King Institute of Preventive Medicine Micro-Biological Section reports 1912-19
Year: 1912
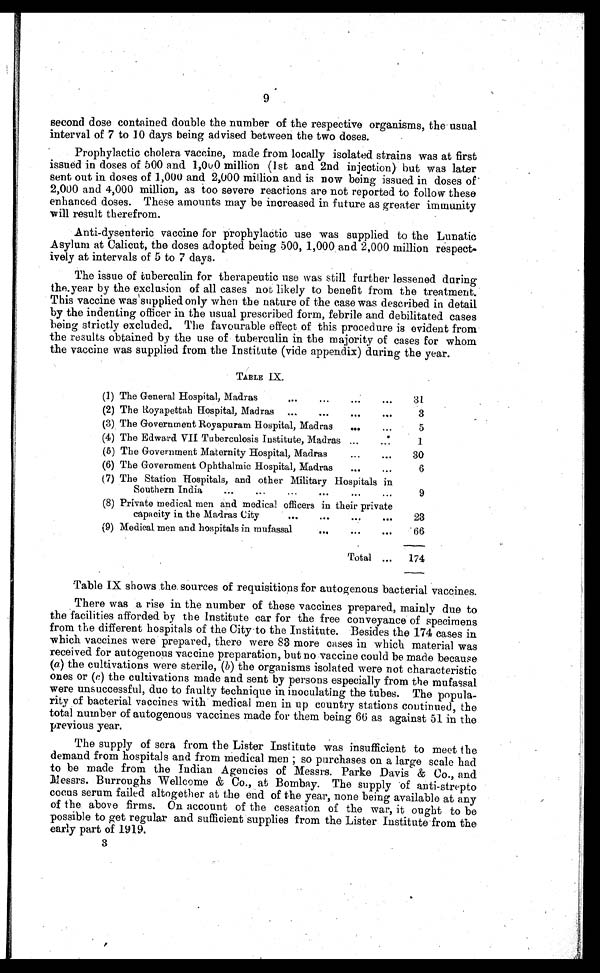
9
second dose contained double the number of the respective organisms, the usual
interval of 7 to 10 days being advised between the two doses.
Prophylactic cholera vaccine, made from locally isolated strains was at first
issued in doses of 500 and 1,000 million (1st and 2nd injection) but was later
sent out in doses of 1,000 and 2,000 million and is now being issued in doses of
2,000 and 4,000 million, as too severe reactions are not reported to follow these
enhanced doses. These amounts may be increased in future as greater immunity
will result therefrom.
Anti-dysenteric vaccine for prophylactic use was supplied to the Lunatic
Asylum at Calicut, the doses adopted being 500, 1,000 and 2,000 million respect
-
ively at intervals of 5 to 7 days.
The issue of tuberculin for therapeutic use was still further lessened during
the year by the exclusion of all cases not likely to benefit from the treatment.
This vaccine was supplied only when the nature of the case was described in detail
by the indenting officer in the usual prescribed form, febrile and debilitated cases
being strictly excluded. The favourable effect of this procedure is evident from
the results obtained by the use of tuberculin in the majority of cases for whom
the vaccine was supplied from the Institute (vide appendix) during the year.
TABLE IX.
(1) The General Hospital, Madras . . .
31
(2) The Royapettah Hospital, Madras . . .
3
(3) The Government Royapuram Hospital, Madras . . .
5
(4) The Edward VII Tuberculosis Institute, Madras . . .
1
(5) The Government Maternity Hospital, Madras . . .
30
(6) The Government Ophthalmic Hospital, Madras . . .
6
(7) The Station Hospitals, and other Military Hospitals in
Southern India . . .
9
(8) Private medical men and medical officers in their private
capacity in the Madras City . . .
23
(9) Medical men and hospitals in mufassal . . .
66
Total . . .
174
Table IX shows the sources of requisitions for autogenous bacterial vaccines.
There was a rise in the number of these vaccines prepared, mainly due to
the facilities afforded by the institute car for the free conveyance of specimens
from the different hospitals of the City to the Institute. Besides the 174 cases in
which vaccines were prepared, there were 83 more cases in which material was
received for autogenous vaccine preparation, but no vaccine could be made because
(a ) the cultivations were sterile, ( b) the organisms isolated were not characteristic
ones or (c ) the cultivations made and sent by persons especially from the mufassal
were unsuccessful, due to faulty technique in inoculating the tubes. The popula
-
rity of bacterial vaccines with medical men in up country stations continued, the
total number of autogenous vaccines made for them being 66 as against 51 in the
previous year.
The supply of sera from the Lister Institute was insufficient to meet the
demand from hospitals and from medical men; so purchases on a large scale had
to be made from the Indian Agencies of Messrs. Parke Davis & Co., and
Messrs. Burroughs Wellcome & Co., at Bombay. The supply of anti-strepto
cocus serum failed altogether at the end of the year, none being available at any
of the above firms. On account of the cessation of the war, it ought to be
possible to get regular and sufficient supplies from the Lister Institute from the
early part of 1919.
3